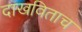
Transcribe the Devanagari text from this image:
दाखविताच